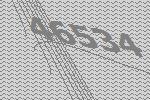
46534